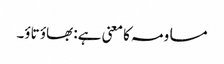
مساومہ کا معنی ہے: بھاؤ تاؤ۔